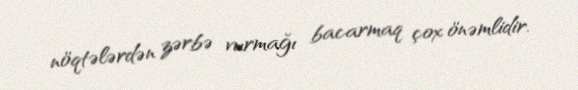
nöqtələrdən zərbə vurmağı bacarmaq çox önəmlidir.